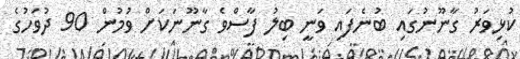
ކުޅިވަރު ގާނޫނުގައި ބުނެފައި ވަނީ ބިލު ފާސްވެ ގާނޫނަކަށް ވުމުން 90 ދުވަހުގެ